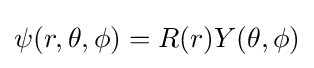
{\textstyle \psi (r,\theta ,\phi )=R(r)Y(\theta ,\phi )}